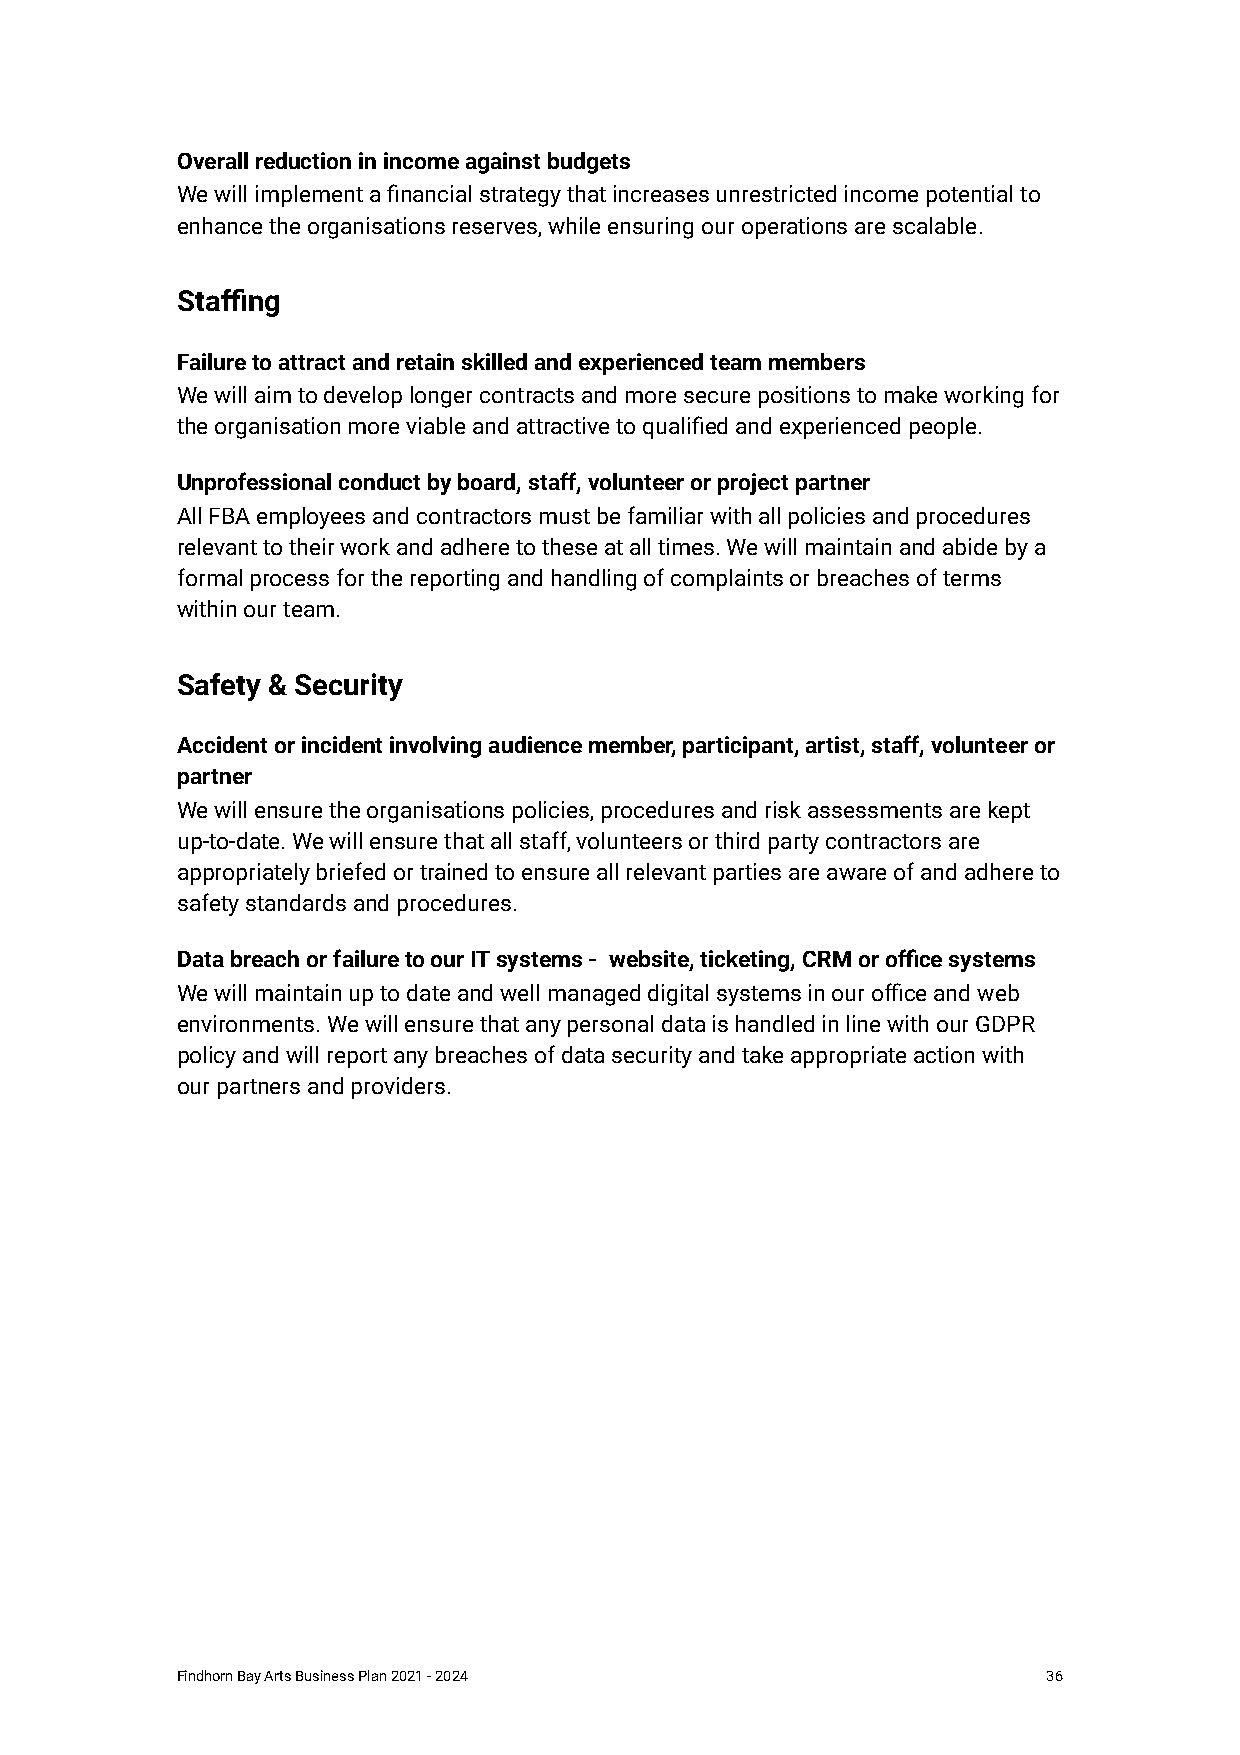
Overall reduction in income against budgets
 We will implement a financial strategy that increases unrestricted income potential to
 enhance the organisations reserves, while ensuring our operations are scalable.
 Staffing
 Failure to attract and retain skilled and experienced team members
 We will aim to develop longer contracts and more secure positions to make working for
 the organisation more viable and attractive to qualified and experienced people.
 Unprofessional conduct by board, staff, volunteer or project partner
 All FBA employees and contractors must be familiar with all policies and procedures
 relevant to their work and adhere to these at all times. We will maintain and abide by a
 formal process for the reporting and handling of complaints or breaches of terms
 within our team.
 Safety & Security
 Accident or incident involving audience member, participant, artist, staff, volunteer or
 partner
 We will ensure the organisations policies, procedures and risk assessments are kept
 up-to-date. We will ensure that all staff, volunteers or third party contractors are
 appropriately briefed or trained to ensure all relevant parties are aware of and adhere to
 safety standards and procedures.
 Data breach or failure to our IT systems - website, ticketing, CRM or office systems
 We will maintain up to date and well managed digital systems in our office and web
 environments. We will ensure that any personal data is handled in line with our GDPR
 policy and will report any breaches of data security and take appropriate action with
 our partners and providers.
 Findhorn Bay Arts Business Plan 2021 - 2024              36